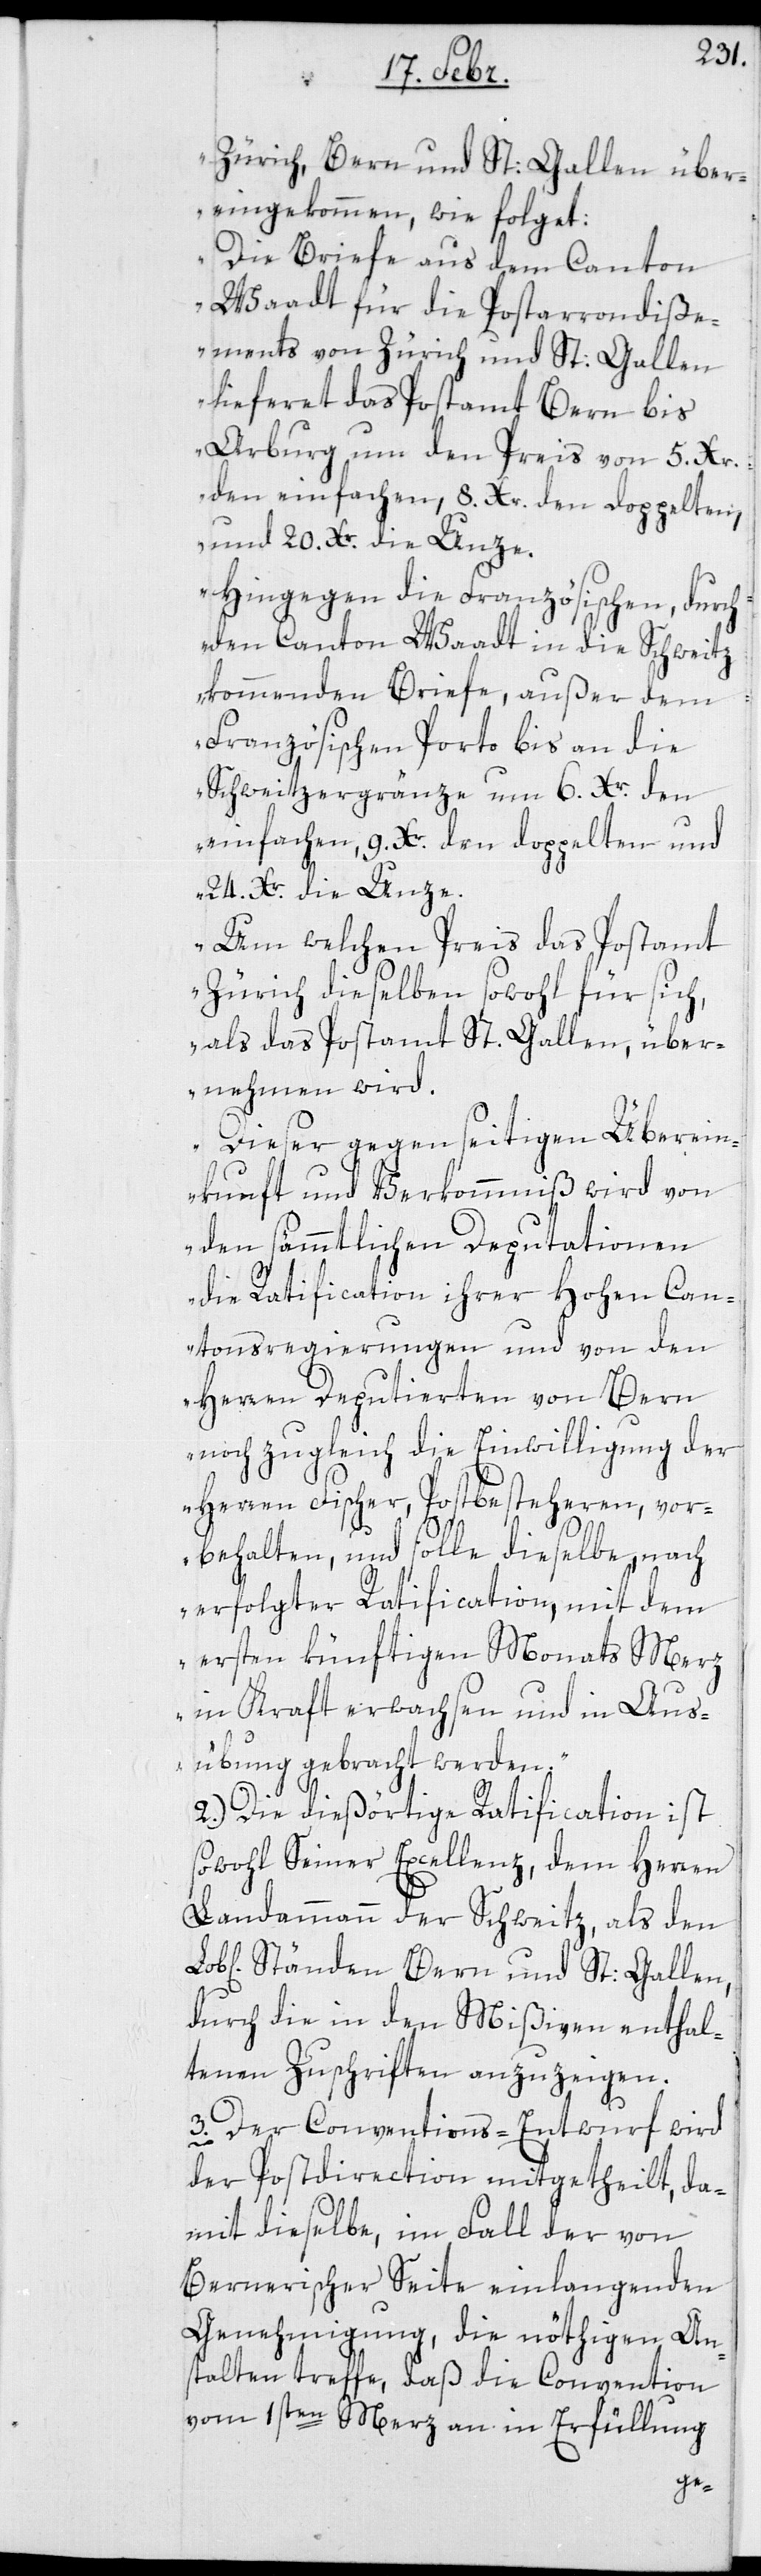
Zürich, Bern und St: Gallen über¬
eingekommen, wie folget:
Die Briefe aus dem Canton
Waadt für die Postarrondiße¬
ments von Zürich und St: Gallen
lieferet das Postamt Bern bis
Arburg um den Preis von 5. Xr.
den einfachen, 8. Xr. den doppelten,
und 20. Xr. die Unze.
Hingegen die Französischen, durch
den Canton Waadt in die Schweitz
kommenden Briefe, außer dem
Französischen Porto bis an die
Schweitzergrenze um 6. Xr. den
einfachen, 9. Xr. den doppelten und
24. Xr. die Unze.
Um welchen Preis das Postamt
Zürich dieselben sowohl für sich,
als das Postamt St. Gallen über¬
nehmen wird.
Dieser gegenseitigen Überein¬
kunft und Verkommnis wird von
den sämmtlichen Deputationen
die Ratification ihrer hohen Can¬
tonsregierungen und von den
Herren Deputierten von Bern
noch zugleich die Einwilligung der
Herren Fischer, Postbesteheren, vor¬
behalten, und solle dieselbe nach
erfolgter Ratification, mit dem
ersten künftigen Monats Merz
in Kraft erwachsen und in Aus¬
übung gebracht werden“.
2.) Die dießörtige Ratification ist
sowohl Seiner Excellenz dem Herren
Landammann der Schweitz, als den
Ständen Bern und St: Gallen,
durch die in den Mißiven enthal¬
tenen Zuschriften anzuzeigen.
3.) Der Conventions-Entwurf wird
der Postdirection mitgetheilt, da¬
mit dieselbe, im Fall der von
Bernerischer Seite einlangenden
Genehmigung, die nöthigen An¬
stalten treffe, daß die Convention
vom 1sten Merz an in Erfüllung